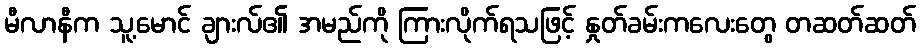
မီလာနီက သူ့မောင် ချားလ်၏ အမည်ကို ကြားလိုက်ရသဖြင့် နှုတ်ခမ်းကလေးတွေ တဆတ်ဆတ်